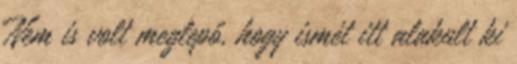
Nem is volt meglepő, hogy ismét itt alakult ki